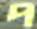
প